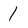
Character: 1